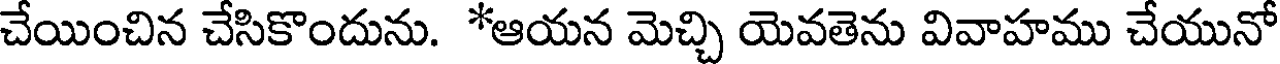
చేయించిన చేసికొందును. *ఆయన మెచ్చి యెవతెను వివాహము చేయునో